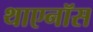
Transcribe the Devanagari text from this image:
थाएनॉस